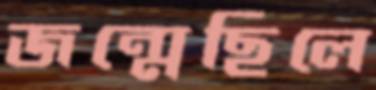
জন্মেছিলে